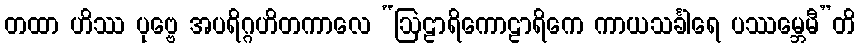
တထာ ဟိဿ ပုဗ္ဗေ အပရိဂ္ဂဟိတကာလေ “ဩဠာရိကောဠာရိကေ ကာယသင်္ခါရေ ပဿမ္ဘေမီ”တိ